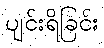
ပျင်းရိခြင်း